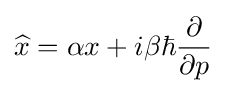
{\widehat {x}}=\alpha x+i\beta \hbar {\frac {\partial }{\partial p}}